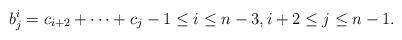
LaTeX: \begin{align*}b^{i}_{j}=c_{i+2}+\dots + c_{j} -1\leq i\leq n-3, i+2\leq j\leq n-1.\end{align*}